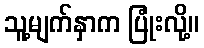
သူ့မျက်နှာက ပြုံးလို့။